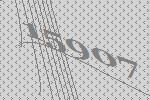
15907